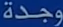
وجدة